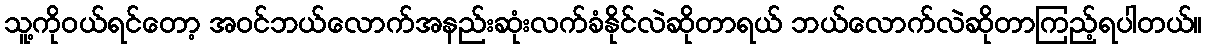
သူ့ကိုဝယ်ရင်တော့ အဝင်ဘယ်လောက်အနည်းဆုံးလက်ခံနိုင်လဲဆိုတာရယ် ဘယ်လောက်လဲဆိုတာကြည့်ရပါတယ်။